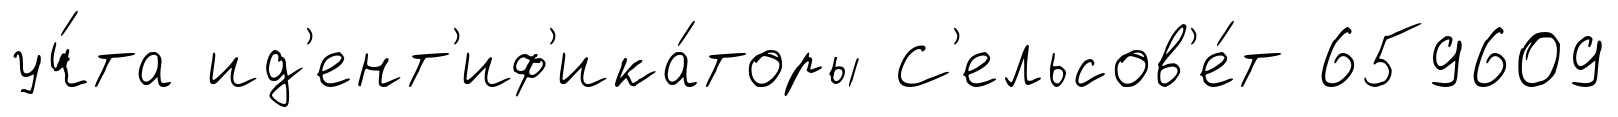
уч́та ид'ент'иф'ика́торы С'ельсов'е́т 659609